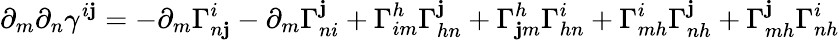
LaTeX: \partial_{m}\partial_{n}\gamma^{i\mathbf{j}}=-\partial_{m}\Gamma_{n\mathbf{j}}^{i}-\partial_{m}\Gamma_{ni}^{\mathbf{j}}+\Gamma_{im}^{h}\Gamma_{hn}^{\mathbf{j}}+\Gamma_{\mathbf{j}m}^{h}\Gamma_{hn}^{i}+\Gamma_{mh}^{i}\Gamma_{nh}^{\mathbf{j}}+\Gamma_{mh}^{\mathbf{j}}\Gamma_{nh}^{i}